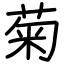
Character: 菊